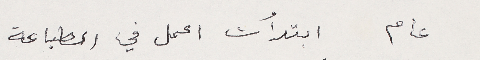
عام ابتدأت اعمل في الطباعة